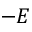
- E